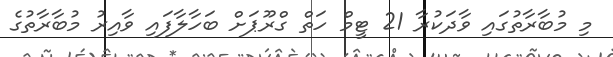
މި މުބާރާތުގައި ވާދަކުރާ 21 ޓީމް ހަތް ގްރޫޕަށް ބަހާލާފައި ވާއިރު މުބާރާތުގެ